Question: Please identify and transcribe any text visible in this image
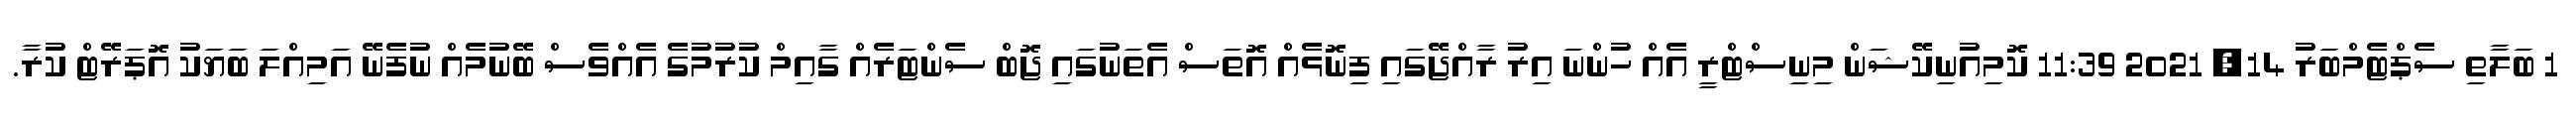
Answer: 1 ބަލާތި ސެޕްޓެމްބަރު 14, 2021 11:39 ކޮމިއުނިކޭޝަން މިނިސްޓްރީ އެއް ހުންނަ އިރު ރާއްޖޭގައި ފިނޮޅެއް އޮތަސް އެތަނުގައި ޖޮބް ސެންޓަރެއް ގާއިމް ކުރުމުގެ އެއްވެސް ބޭނުމެއް ނުފެނޭ އަމިއްލަ ބަޔަކު އޮޕަރޭޓް ކުރާ.